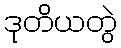
ဒုတိယတွဲ